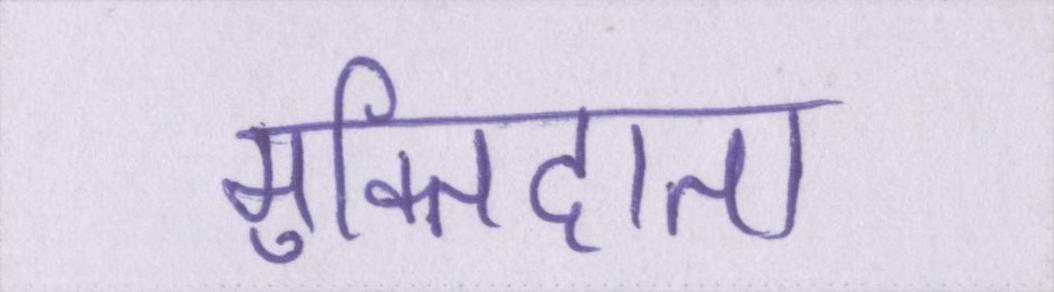
मुक्तिदाता